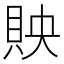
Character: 𧵌